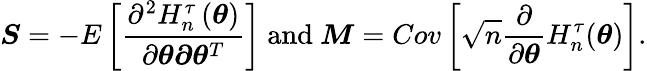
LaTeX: \boldsymbol{S}=-E\left[\frac{\partial^{2}H_{n}^{\tau}\left(\boldsymbol{\theta}\right)}{\partial\boldsymbol{\theta\partial\theta}^{T}}\right]\mathrm{~and~}\boldsymbol{M}=Cov\left[\sqrt{n}\frac{\partial}{\partial\boldsymbol{\theta}}H_{n}^{\tau}(\boldsymbol{\theta})\right].